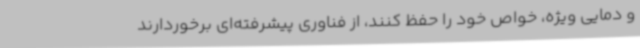
و دمایی ویژه، خواص خود را حفظ کنند، از فناوری پیشرفته‌ای برخوردارند